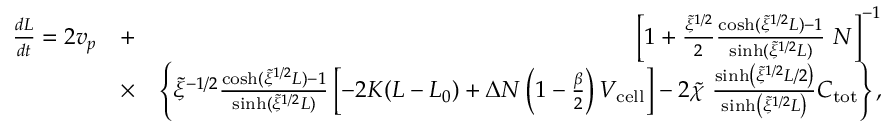
\begin{array} { r l r } { \frac { d L } { d t } = 2 v _ { p } } & { + } & { \left[ 1 + \frac { \tilde { \xi } ^ { 1 / 2 } } { 2 } \frac { \cosh ( \tilde { \xi } ^ { 1 / 2 } L ) - 1 } { \sinh ( \tilde { \xi } ^ { 1 / 2 } L ) } \ N \right] ^ { - 1 } } \\ & { \times } & { \left\{ \tilde { \xi } ^ { - 1 / 2 } \frac { \cosh ( \tilde { \xi } ^ { 1 / 2 } L ) - 1 } { \sinh ( \tilde { \xi } ^ { 1 / 2 } L ) } \left[ - 2 K ( L - L _ { 0 } ) + \Delta N \left( 1 - \frac { \beta } { 2 } \right) V _ { \mathrm { c e l l } } \right] - 2 \tilde { \chi } \ \frac { \sinh \left( \tilde { \xi } ^ { 1 / 2 } L / 2 \right) } { \sinh \left( \tilde { \xi } ^ { 1 / 2 } L \right) } C _ { \mathrm { t o t } } \right\} , } \end{array}